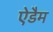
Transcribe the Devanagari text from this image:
ऐडैम